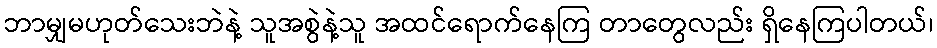
ဘာမျှမဟုတ်သေးဘဲနဲ့ သူအစွဲနဲ့သူ အထင်ရောက်နေကြ တာတွေလည်း ရှိနေကြပါတယ်၊